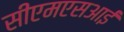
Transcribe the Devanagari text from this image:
सीएमएसआई